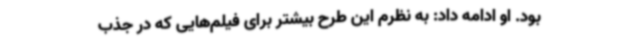
بود. او ادامه داد: به نظرم این طرح بیشتر برای فیلم‌هایی که در جذب